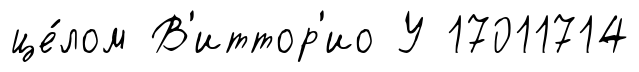
це́лом В'иттор'ио У 17011714